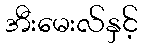
အီးမေးလ်နှင့်